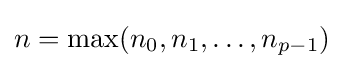
n=\max(n_{0},n_{1},\dots ,n_{p-1})